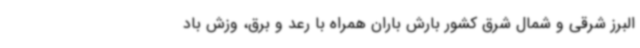
البرز شرقی و شمال شرق کشور بارش باران همراه با رعد و برق، وزش باد